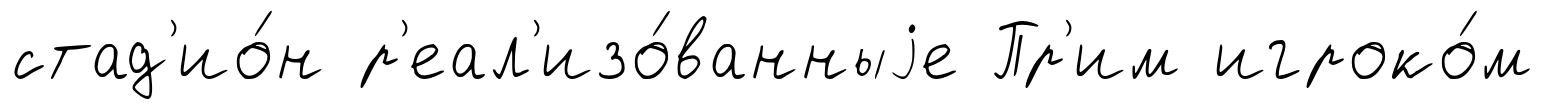
стад'ио́н р'еал'изо́ванныjе Пр'им игроко́м